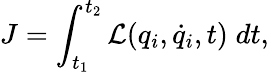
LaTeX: J=\int_{t_{1}}^{t_{2}}\mathcal{L}(q_{i},\dot{q}_{i},t)\; dt,